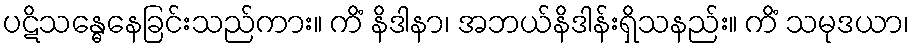
ပဋိသန္ဓေနေခြင်းသည်ကား။ ကိံ နိဒါနာ၊ အဘယ်နိဒါန်းရှိသနည်း။ ကိံ သမုဒယာ၊